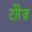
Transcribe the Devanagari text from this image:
टोरेज़